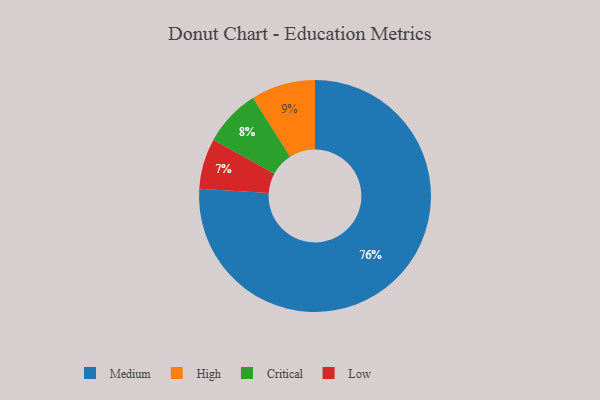
{"axis": {"x": "Category", "y": "Percentage"}, "legend": ["Critical", "High", "Low", "Medium"], "data": [{"x": "Critical", "y": 8, "type": "Critical"}, {"x": "Medium", "y": 76, "type": "Medium"}, {"x": "High", "y": 9, "type": "High"}, {"x": "Low", "y": 7, "type": "Low"}]}